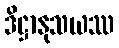
ဒိဋ္ဌာနုသယဿ